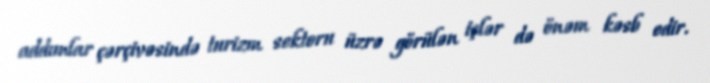
addımlar çərçivəsində turizm sektoru üzrə görülən işlər də önəm kəsb edir.